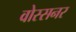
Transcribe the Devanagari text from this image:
वोस्सनर